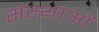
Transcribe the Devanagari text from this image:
संस्थांओं